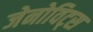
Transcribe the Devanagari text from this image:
जेनोविट्स